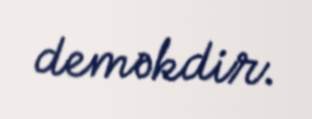
deməkdir.